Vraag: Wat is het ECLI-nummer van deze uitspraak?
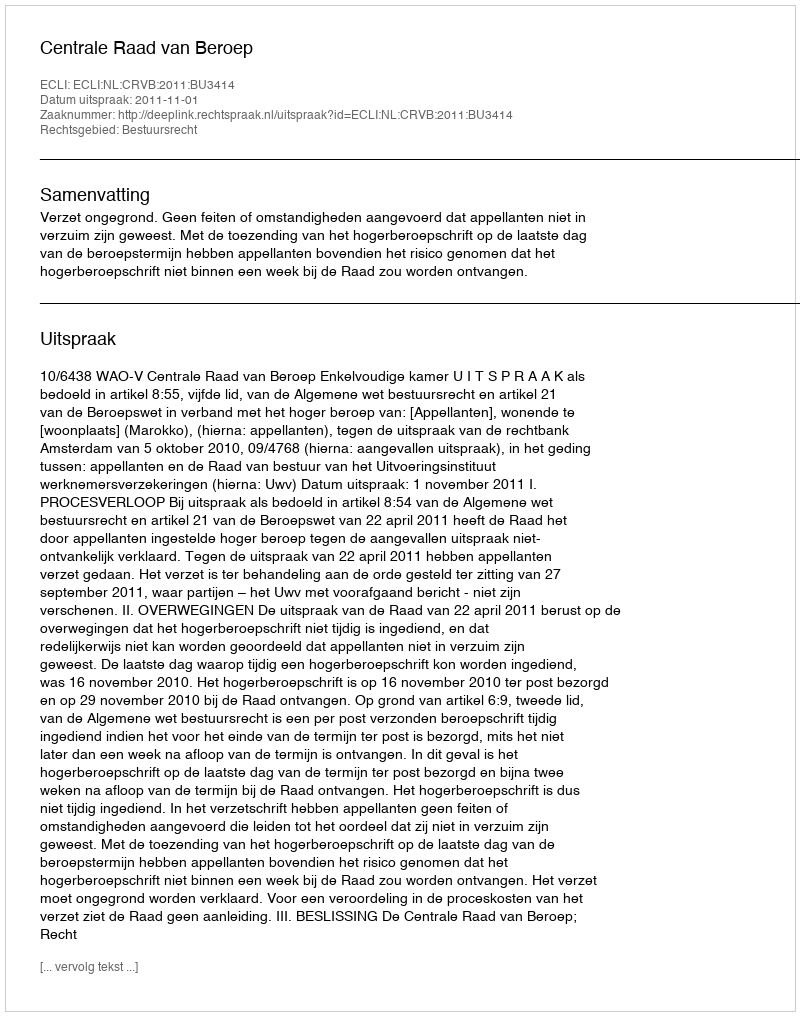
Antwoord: ECLI:NL:CRVB:2011:BU3414